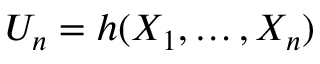
U _ { n } = h ( X _ { 1 } , \ldots , X _ { n } )